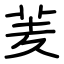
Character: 羐